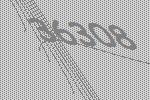
36308